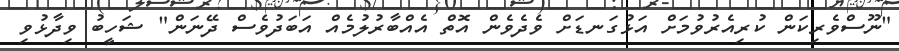
"ނޫސްވެރިކަން ކުރިއެރުވުމަށް އަޅުގަނޑަށް ވެދެވެން އޮތް އެއްބާރުލުމެއް އަބަދުވެސް ދޭނަން" ޝަހީބު ވިދާޅުވި